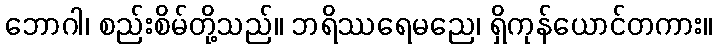
ဘောဂါ၊ စည်းစိမ်တို့သည်။ ဘရိဿရေမညေ၊ ရှိကုန်ယောင်တကား။